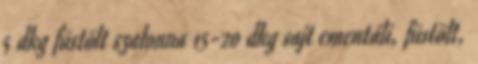
5 dkg füstölt szalonna 15-20 dkg sajt ementáli, füstölt,